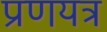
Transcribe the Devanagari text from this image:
प्रणयत्र